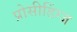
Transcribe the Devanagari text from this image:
प्रोसीडिंग्ज